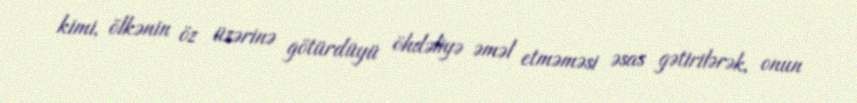
kimi, ölkənin öz üzərinə götürdüyü öhdəliyə əməl etməməsi əsas gətirilərək, onun